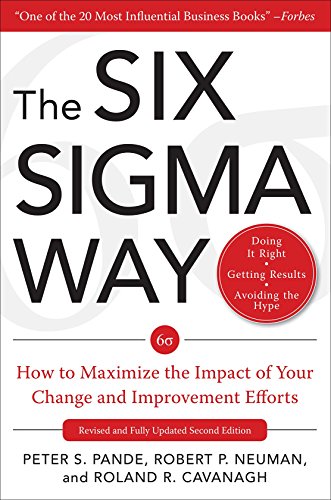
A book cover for The Six Sigma Way: How GE, Motorola, and Other Top Companies are Honing Their Performance; Peter S. Pande et al; Business & Money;